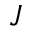
J